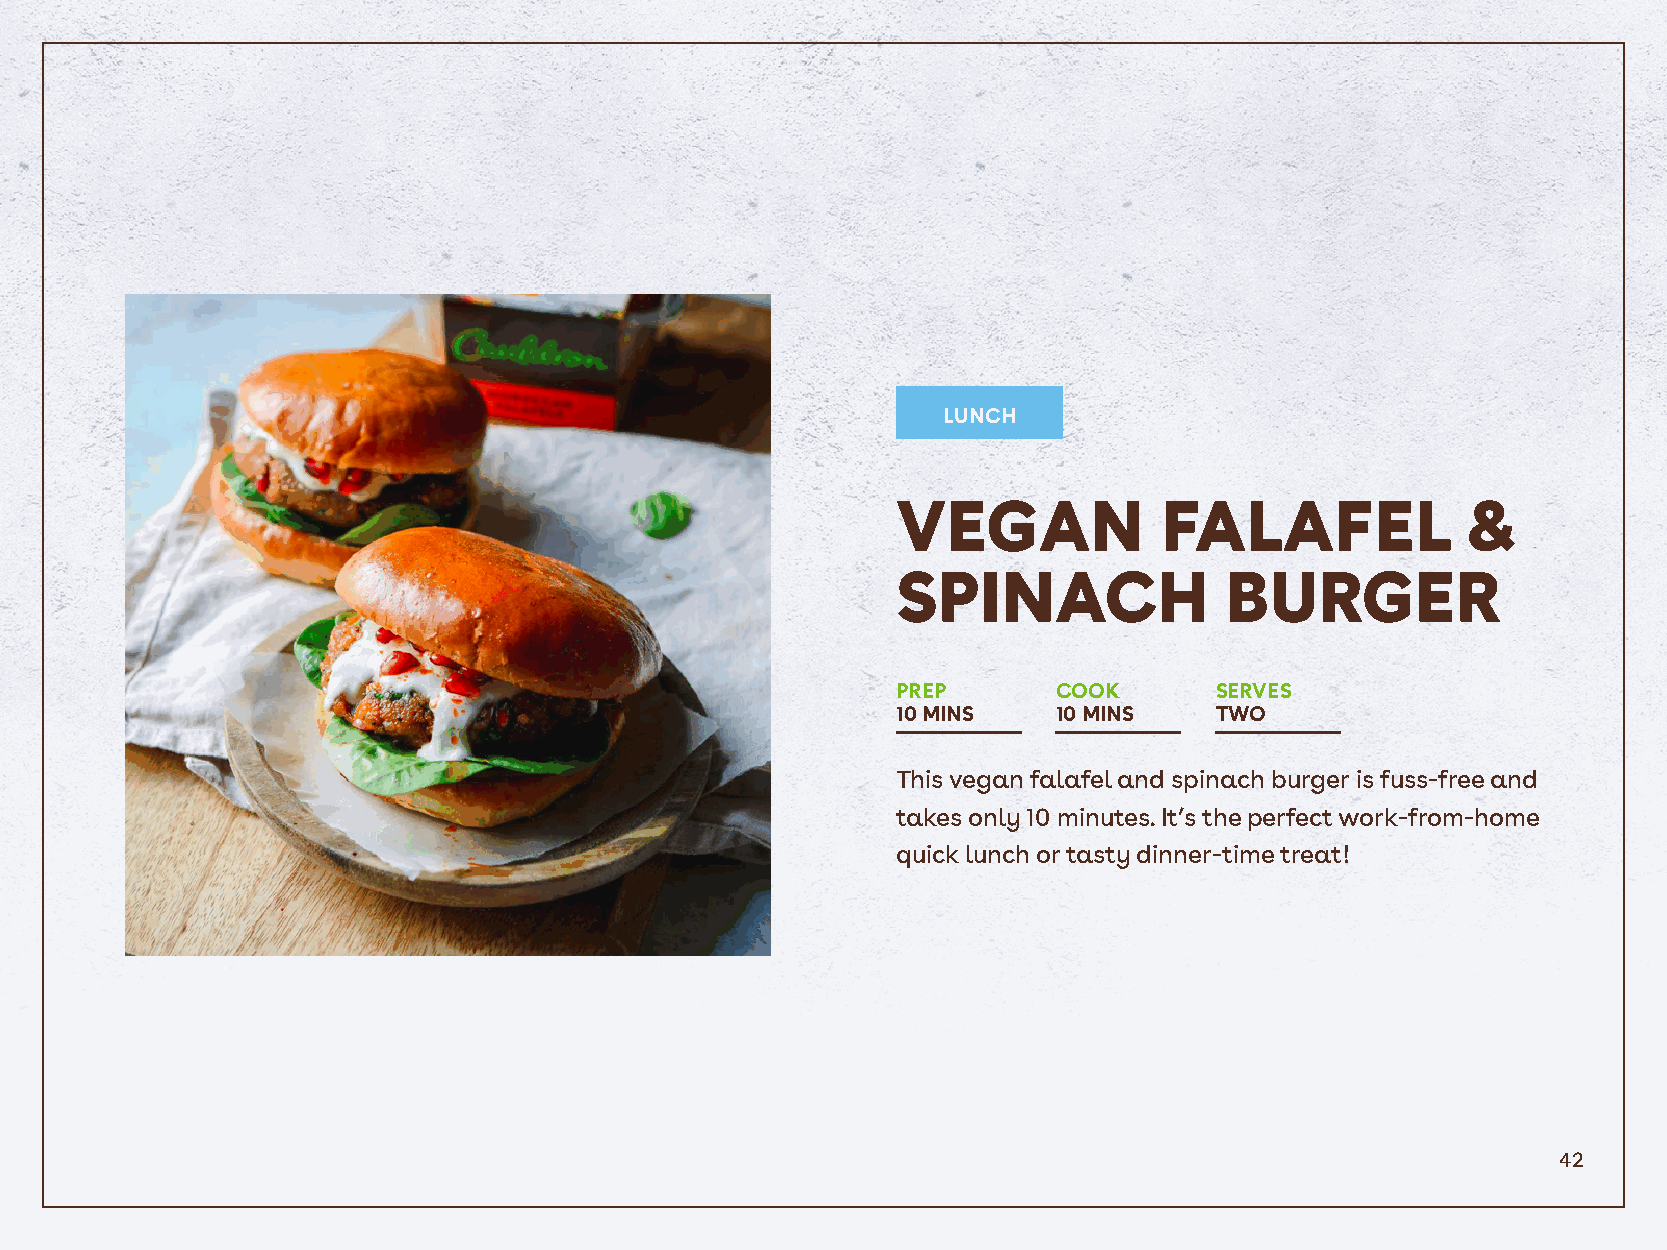
LUNCH
 VEGAN             FALAFEL             &
 SPINACH               BURGER
 PREP       COOK      SERVES
 10 MINS    10 MINS   TWO
 This vegan falafel and spinach burger is fuss-free and
 takes only 10 minutes. It’s the perfect work-from-home
 quick lunch or tasty dinner-time treat!
 42